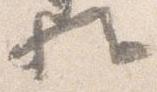
歟